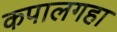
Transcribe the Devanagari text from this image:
कपालगहा